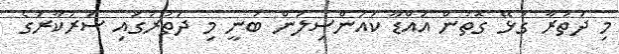
މި ދަތުރާ ގުޅޭ ގޮތުން އައްޑޫ ކައުންސިލުން ބުނީ މި ދަތުރުގައި ސަރުކާރުގެ